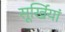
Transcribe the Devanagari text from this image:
सूर्खियां